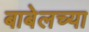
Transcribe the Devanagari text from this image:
बाबेलच्या